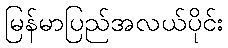
မြန်မာပြည်အလယ်ပိုင်း